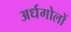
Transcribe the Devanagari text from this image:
अर्धगोलों